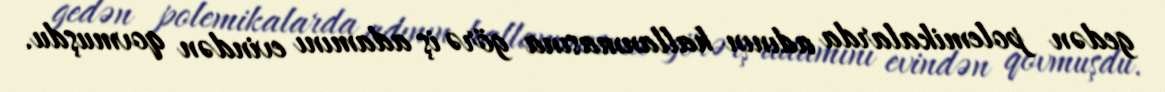
gedən polemikalarda adının hallanmasına görə iş adamını evindən qovmuşdu.